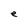
Character: e